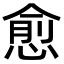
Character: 愈